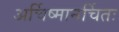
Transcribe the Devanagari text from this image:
अर्चिष्मानर्चितः